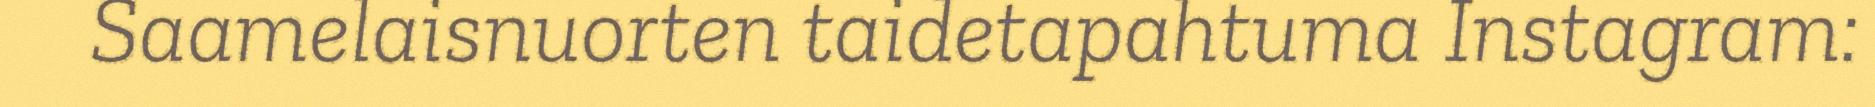
Saamelaisnuorten taidetapahtuma Instagram: